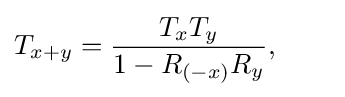
T_{x+y}={\frac {T_{x}T_{y}}{1-R_{(-x)}R_{y}}},\qquad